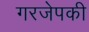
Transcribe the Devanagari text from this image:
गरजेपकी